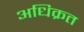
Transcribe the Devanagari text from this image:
अधिक्रत